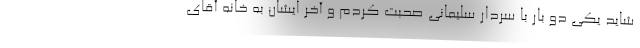
شاید یکی دو بار با سردار سلیمانی صحبت کردم و آخر ایشان به خانه آقای